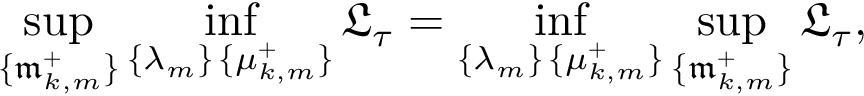
\operatorname* { s u p } _ { \{ \mathfrak { m } _ { k , m } ^ { + } \} } \operatorname* { i n f } _ { \substack { \{ \lambda _ { m } \} \, \{ \mu _ { k , m } ^ { + } \} } } \mathfrak { L } _ { \tau } = \operatorname* { i n f } _ { \substack { \{ \lambda _ { m } \} \, \{ \mu _ { k , m } ^ { + } \} } } \operatorname* { s u p } _ { \{ \mathfrak { m } _ { k , m } ^ { + } \} } \mathfrak { L } _ { \tau } ,